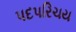
પદપરિચય